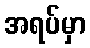
အရပ်မှာ